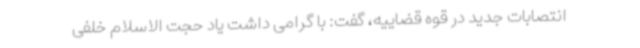
انتصابات جدید در قوه قضاییه، گفت: با گرامی داشت یاد حجت الاسلام خلفی